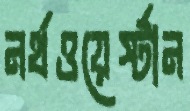
নর্থওয়ের্স্টান